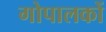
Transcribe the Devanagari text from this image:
गोपालकों